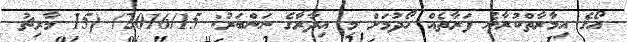
އޯގެ އިމާރާތްކުރާނެ ފަރާތެއް ހޯދުމަށް މި އިދާރާގެ ނަންބަރު: 2016/15/ (15 މާރިޗު